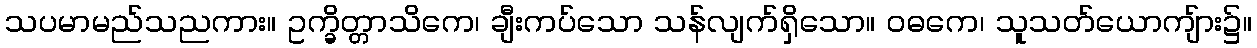
သပမာမည်သညကား။ ဥက္ခိတ္တာသိကေ၊ ချီးကပ်သော သန်လျက်ရှိသော။ ဝဓကေ၊ သူသတ်ယောကျ်ား၌။